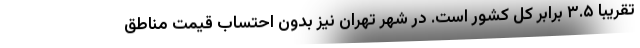
تقریبا ۳.۵ برابر کل کشور است. در شهر تهران نیز بدون احتساب قیمت مناطق